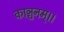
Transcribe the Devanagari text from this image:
काञ्चनम्।।